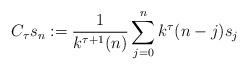
LaTeX: \begin{align*}C_\tau s_n := \dfrac{1}{k^{\tau+1}(n)}\sum_{j=0}^{n} k^\tau(n-j) s_j\end{align*}